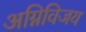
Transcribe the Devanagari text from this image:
अग्निविजय